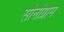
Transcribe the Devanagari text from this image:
सोनोग्राम